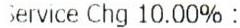
SERVICE CHG 10.00% :